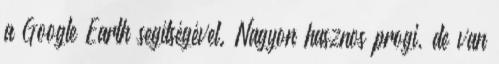
a Google Earth segítségével. Nagyon hasznos progi, de van